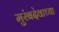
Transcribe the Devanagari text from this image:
मुरंबदेवाच्या